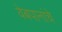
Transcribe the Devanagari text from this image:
वेबपानांचे